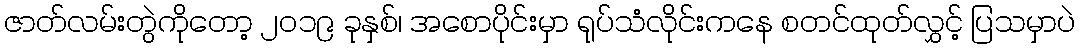
ဇာတ်လမ်းတွဲကိုတော့ ၂၀၁၉ ခုနှစ်၊ အစောပိုင်းမှာ ရုပ်သံလိုင်းကနေ စတင်ထုတ်လွှင့် ပြသမှာပဲ